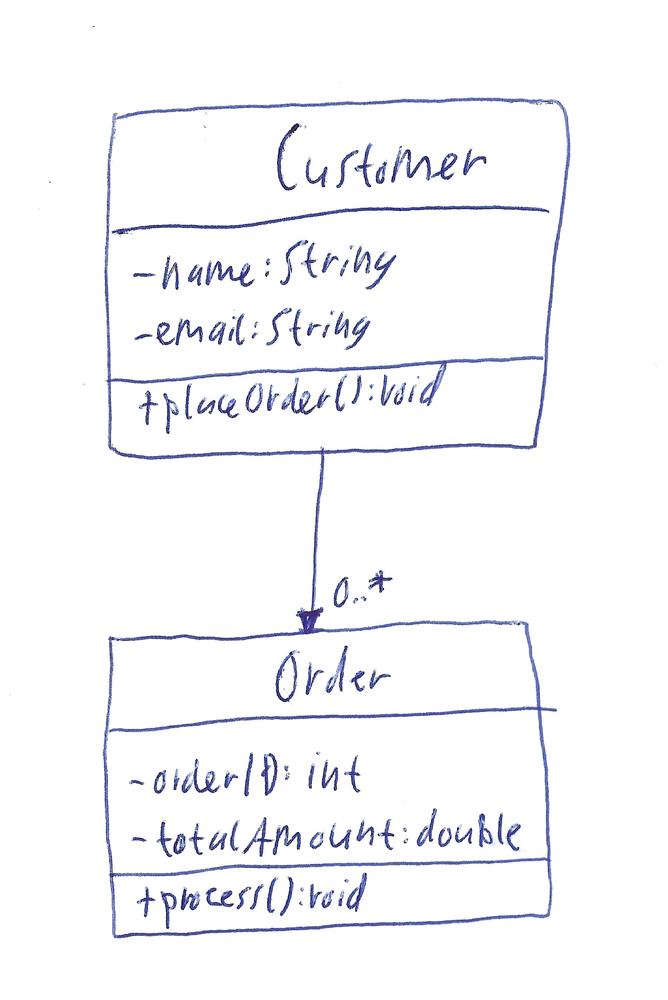
Diagram type: class_diagram
```plantuml
@startuml

class Customer {
  - name: String
  - email: String
  + placeOrder(): void
}

class Order {
  - orderID: int
  - totalAmount: double
  + process(): void
}

Customer --> "0..*" Order

@enduml
```